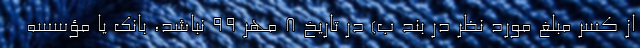
از کسر مبلغ مورد نظر در بند ب) در تاریخ ۸ مهر ۹۹ نباشد، بانک یا مؤسسه